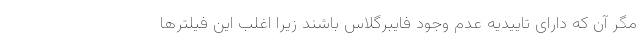
مگر آن که دارای تاییدیه عدم وجود فایبرگلاس باشند زیرا اغلب این فیلترها